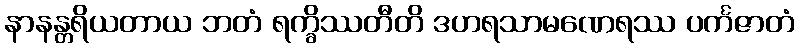
နာနန္တရိယတာယ ဘတံ ရက္ခိဿတီတိ ဒဟရသာမဏေရဿ ပင်္ကဇာတံ